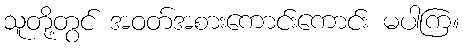
သူတို့တွင် အဝတ်အစားကောင်းကောင်း မပါကြ။